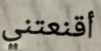
أقنعتني